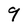
Character: 9